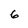
Character: 6